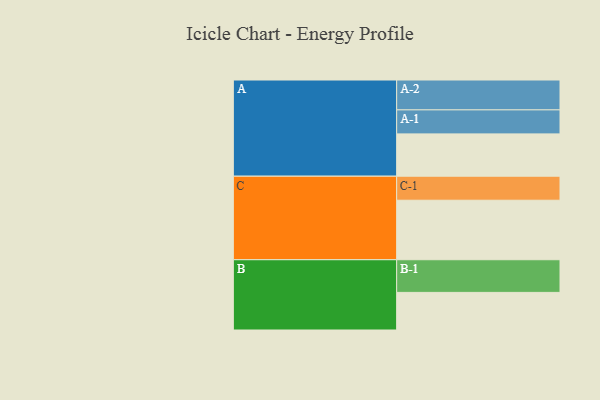
{"axis": {"x": "Segment", "y": "Value"}, "legend": ["", "A", "B", "C"], "data": [{"x": "A", "y": 377, "type": ""}, {"x": "B", "y": 335, "type": ""}, {"x": "C", "y": 530, "type": ""}, {"x": "A-1", "y": 214, "type": "A"}, {"x": "A-2", "y": 266, "type": "A"}, {"x": "B-1", "y": 291, "type": "B"}, {"x": "C-1", "y": 214, "type": "C"}]}